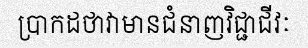
ប្រាកដថាវាមានជំនាញវិជ្ជាជីវៈ